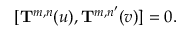
[ { \bf T } ^ { m , n } ( u ) , { \bf T } ^ { m , n ^ { \prime } } ( v ) ] = 0 .